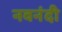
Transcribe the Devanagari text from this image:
नवनंदी